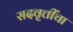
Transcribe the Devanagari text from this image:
सदवृत्तींचा